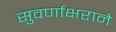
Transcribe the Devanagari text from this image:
सुवर्णाक्षराने